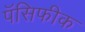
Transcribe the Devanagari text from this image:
पॅसिफीक